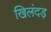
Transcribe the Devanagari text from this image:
खिलंदड़